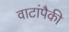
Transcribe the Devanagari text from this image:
वाटांपैकी